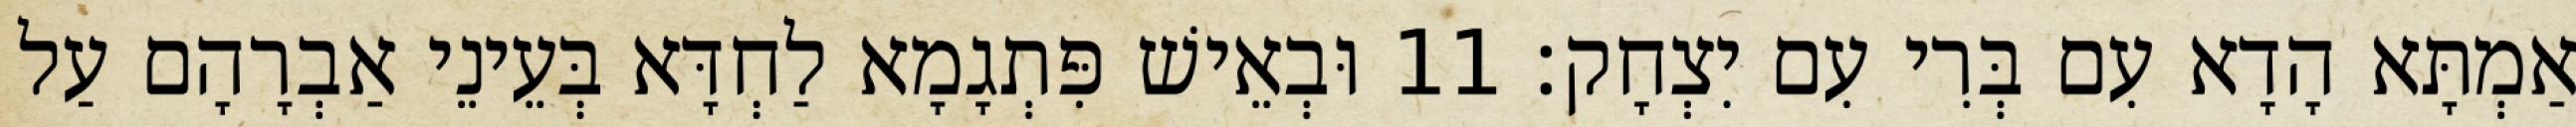
אַמְתָּא הָדָא עִם בְּרִי עִם יִצְחָק׃ 11 וּבְאֵישׁ פִּתְגָמָא לַחְדָּא בְּעֵינֵי אַבְרָהָם עַל